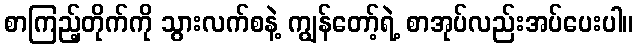
စာကြည့်တိုက်ကို သွားလက်စနဲ့ ကျွန်တော့်ရဲ့ စာအုပ်လည်းအပ်ပေးပါ။